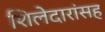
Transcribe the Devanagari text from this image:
शिलेदारांसह